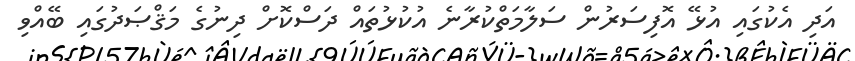
އަދި އެކުގައި އުޅޭ އޮފިސަރުން ސަލާމަތްކުރާނެ އުކުޅުތައް ދަސްކޮށް ދިނުުގެ މަޤްޞަދުގައި ބޭއްވި